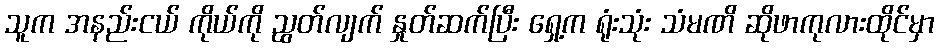
သူက အနည်းငယ် ကိုယ်ကို ညွတ်လျက် နှုတ်ဆက်ပြီး ရှေ့က ရုံးသုံး သံမဏိ ဆိုဖာကုလားထိုင်မှာ